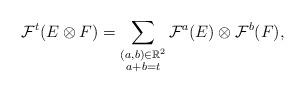
LaTeX: \begin{align*}\mathcal F^{t}(E\otimes F)=\sum_{\begin{subarray}{c}(a,b)\in\mathbb R^2\\a+b=t\end{subarray}}\mathcal F^a(E)\otimes\mathcal F^b(F),\end{align*}